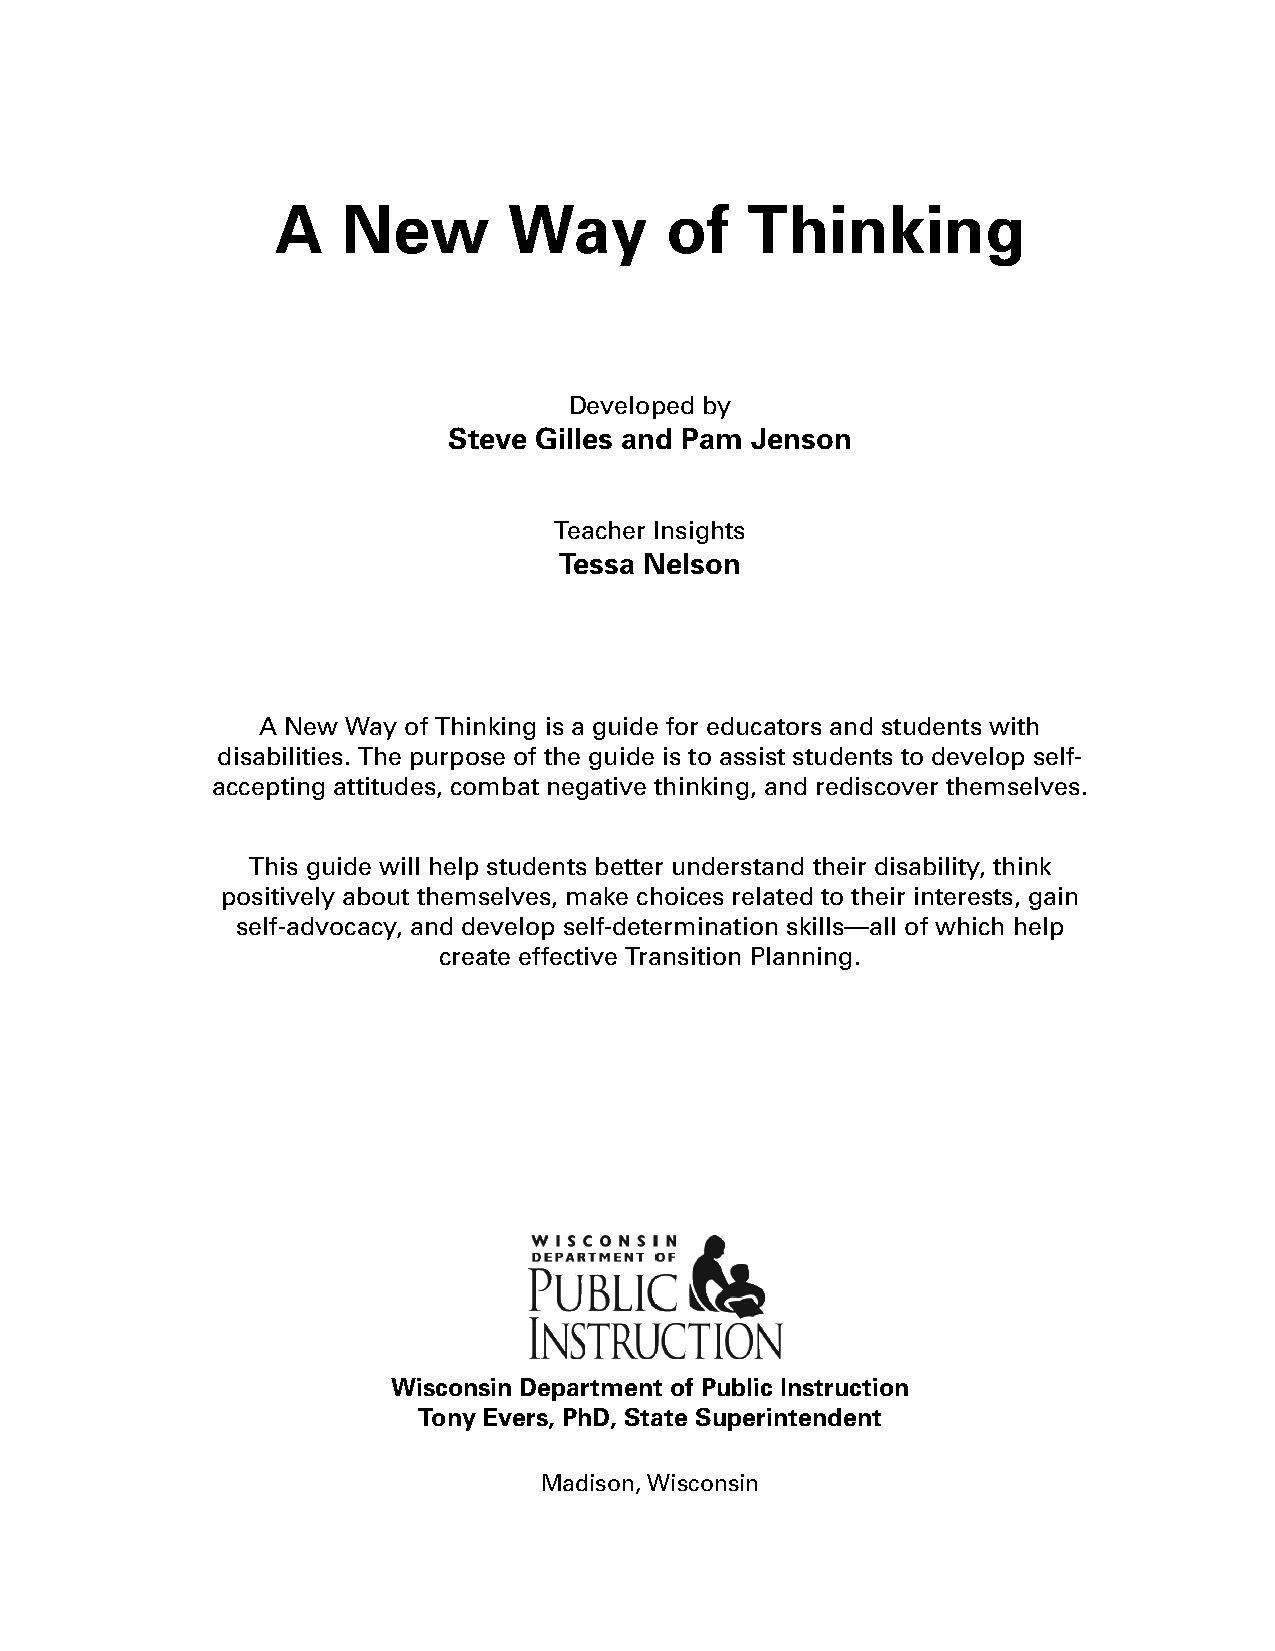
A    New        Way       of   Thinking
 Developed by
 Steve Gilles and Pam Jenson
 Teacher Insights
 Tessa Nelson
 A New Way of Thinking is a guide for educators and students with
 disabilities. The purpose of the guide is to assist students to develop self-
 accepting attitudes, combat negative thinking, and rediscover themselves.
 This guide will help students better understand their disability, think
 positively about themselves, make choices related to their interests, gain
 self-advocacy, and develop self-determination skills—all of which help
 create effective Transition Planning.
 Wisconsin Department of Public Instruction
 Tony Evers, PhD, State Superintendent
 Madison, Wisconsin